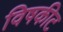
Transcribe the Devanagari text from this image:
विषकीट